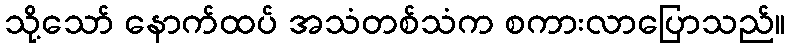
သို့သော် နောက်ထပ် အသံတစ်သံက စကားလာပြောသည်။